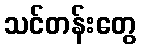
သင်တန်းတွေ